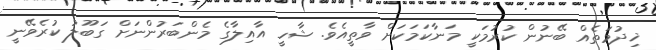
ޚިދުމަތެއް ބޭނުން ކުރުމަކީ މަނާކަމަކަށް ވާތީއެވެ. ޝާހީ އާއިލާގެ މެންބަރުންނަށް ގަބޫލު ކުރެވޭނީ